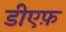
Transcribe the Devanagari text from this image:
डीएफ़